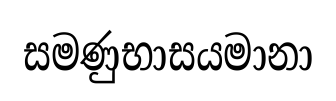
සමණුභාසයමානා